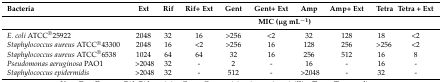
| Bacteria | Ext | Rif | Rif+ Ext | Gent | Gent+ Ext | Amp | Amp+ Ext | Tetra | Tetra + Ext |
 |  | <COLSPAN=9> MIC (μg mL−1) |
 | --- | --- | --- | --- | --- | --- | --- | --- | --- | --- |
 | E. coli ATCC®25922 | 2048 | 32 | 16 | >256 | <2 | 32 | 128 | 18 | <2 |
 | Staphylococcus aureus ATCC®43300 | 2048 | 16 | <2 | >256 | 16 | 128 | 256 | >256 | <2 |
 | Staphylococcus aureus ATCC®6538 | 1024 | 64 | 64 | 32 | 16 | 256 | 512 | 16 | 8 |
 | Pseudomonas aeruginosa PAO1 | >2048 | 32 | - | 2 | - | 16 | - | 16 | - |
 | Staphylococcus epidermidis | >2048 | 32 | - | 512 | - | >2048 | - | 32 | - |